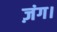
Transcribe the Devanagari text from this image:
ज़ंग।